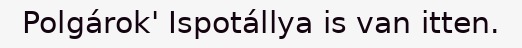
Polgárok' Ispotállya is van itten.